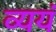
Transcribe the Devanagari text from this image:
व्ययं